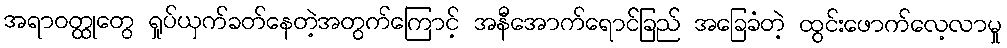
အရာဝတ္ထုတွေ ရှုပ်ယှက်ခတ်နေတဲ့အတွက်ကြောင့် အနီအောက်ရောင်ခြည် အခြေခံတဲ့ ထွင်းဖောက်လေ့လာမှု